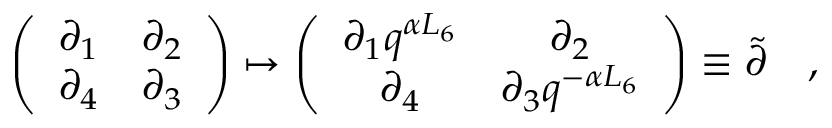
\left( \begin{array} { c c } { { \partial _ { 1 } } } & { { \partial _ { 2 } } } \\ { { \partial _ { 4 } } } & { { \partial _ { 3 } } } \end{array} \right) \mapsto \left( \begin{array} { c c } { { \partial _ { 1 } q ^ { \alpha L _ { 6 } } } } & { { \partial _ { 2 } } } \\ { { \partial _ { 4 } } } & { { \partial _ { 3 } q ^ { - \alpha L _ { 6 } } } } \end{array} \right) \equiv \tilde { \partial } \quad ,